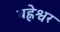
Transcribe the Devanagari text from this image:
बह्नेश्वर